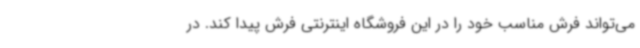
می‌تواند فرش مناسب خود را در این فروشگاه اینترنتی فرش پیدا کند. در